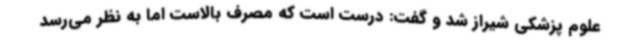
علوم پزشکی شیراز شد و گفت: درست است که مصرف بالاست اما به نظر می‌رسد